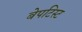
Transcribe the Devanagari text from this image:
बेपटिस्ट